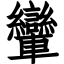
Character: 𨏶